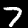
Label: 7